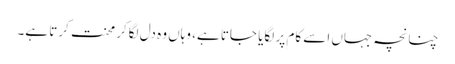
چنانچہ جہاں اسے کام پر لگایا جاتا ہے، وہاں وہ دل لگاکر محنت کرتا ہے۔